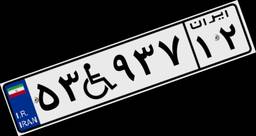
۵۳W۹۳۷۱۲